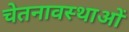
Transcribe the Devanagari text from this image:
चेतनावस्थाओं